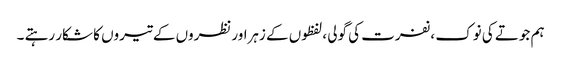
ہم جوتے کی نوک ،نفرت کی گولی ،لفظوں کے زہراورنظروں کے تیروں کا شکار رہتے ۔